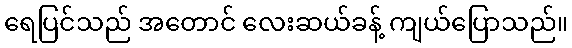
ရေပြင်သည် အတောင် လေးဆယ်ခန့် ကျယ်ပြောသည်။